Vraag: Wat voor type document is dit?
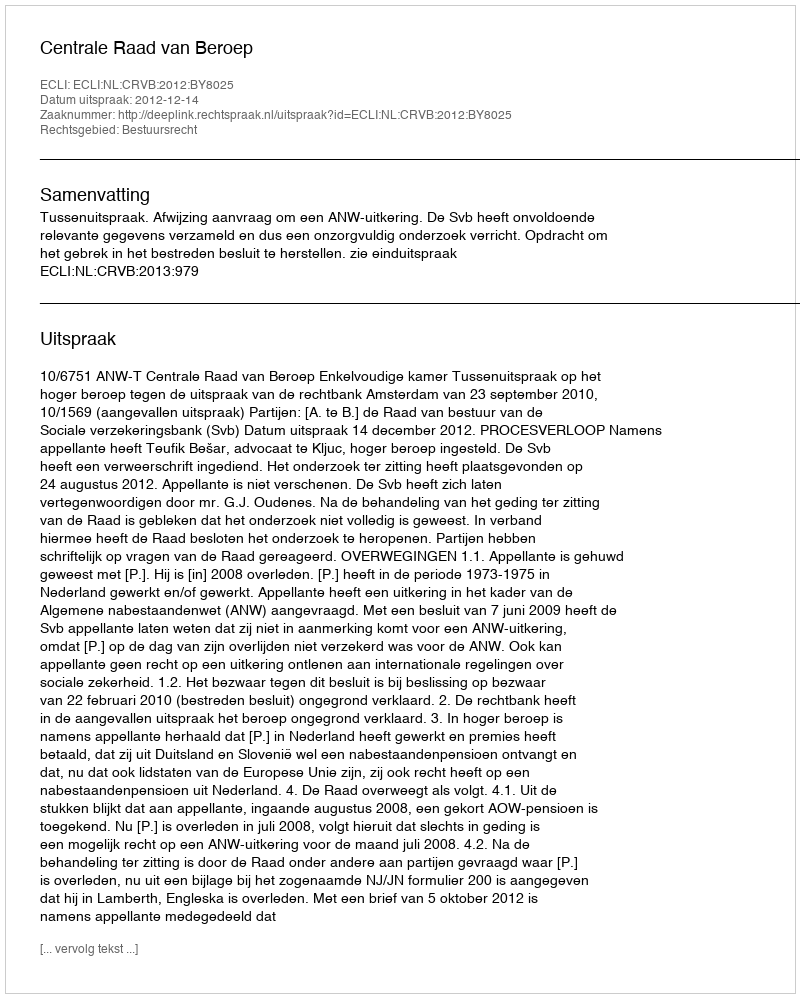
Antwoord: Uitspraak